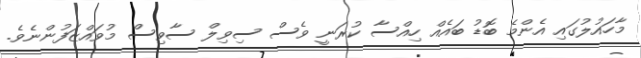
މާހައުލުގައި އެންމެ ބޮޑު ބައެއް ހިއްސާ ކުރަނީ ވެސް ސިވިލް ސާވިސް މުވައްޒަފުންނެވެ.